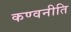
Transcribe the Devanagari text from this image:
कण्वनीति